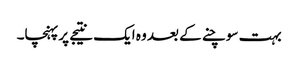
بہت سوچنے کے بعد وہ ایک نتیجے پرپہنچا۔